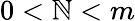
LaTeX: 0<\mathbb{N}<m